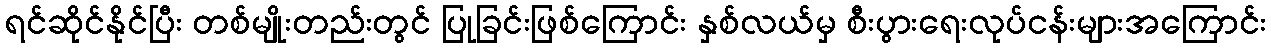
ရင်ဆိုင်နိုင်ပြီး တစ်မျိုးတည်းတွင် ပြုခြင်းဖြစ်ကြောင်း နှစ်လယ်မှ စီးပွားရေးလုပ်ငန်းများအကြောင်း